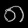
Digit: ၈